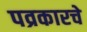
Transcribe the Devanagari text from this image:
पव्रकारचे